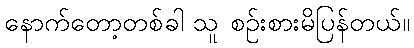
နောက်တော့တစ်ခါ သူ စဉ်းစားမိပြန်တယ်။